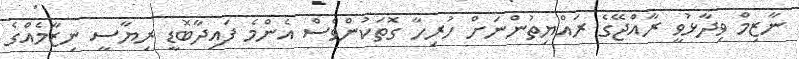
ނާޒިމް ވިދާޅުވީ ރާއްޖޭގެ ރައްޔިތުންނަށް ހުރިހާ ގޮތަކުންވެސް އެންމެ ފައިދާބޮޑީ ރިޔާސީ ނިޒާމެއްގެ